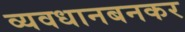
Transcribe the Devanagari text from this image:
व्यवधानबनकर